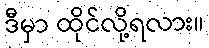
ဒီမှာ ထိုင်လို့ရလား။